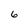
Character: 6